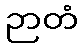
ဉာတံ